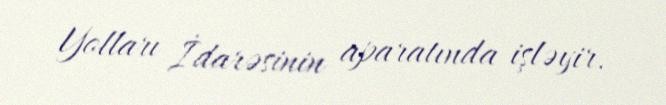
Yolları İdarəsinin aparatında işləyir.